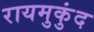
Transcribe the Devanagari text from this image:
रायमुकुंद